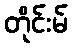
တိုင်းမ်